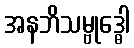
အနဘိသမ္ဗုဒ္ဓေါ